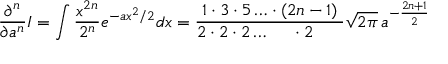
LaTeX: { \frac { \partial ^ { n } } { \partial a ^ { n } } } I = \int { \frac { x ^ { 2 n } } { 2 ^ { n } } } e ^ { - a x ^ { 2 } / 2 } d x = { \frac { 1 \cdot 3 \cdot 5 \ldots \cdot ( 2 n - 1 ) } { 2 \cdot 2 \cdot 2 \ldots \; \; \; \; \; \cdot 2 \; \; \; \; \; \; } } { \sqrt { 2 \pi } } \, a ^ { - { \frac { 2 n + 1 } { 2 } } }